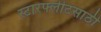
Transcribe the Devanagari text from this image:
स्टारफ्लीटसाठी